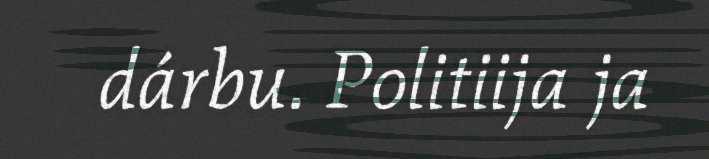
dárbu. Politiija ja